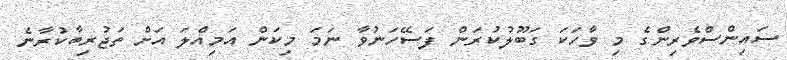
ސައިންސްވެރިންގެ މި ވާހަކަ ގަބޫލުކުރަން ފަސޭހަނުވާ ނަމަ މިކަން އަމިއްލަ އަށް ތަޖުރިބާކުރާނެ